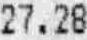
27.28